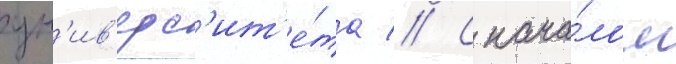
ун'ив'ерс'ит'е́та // С нача́лом